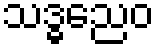
သဒ္ဓညေဝ